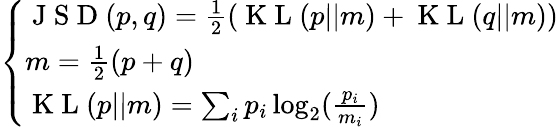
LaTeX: \left\{ \begin{array}{ll}{\mathrm{~J~S~D~}(p,q)=\frac{1}{2}(\mathrm{~K~L~}(p||m)+\mathrm{~K~L~}(q||m))}\\ {m=\frac{1}{2}(p+q)}\\ {\mathrm{~K~L~}(p||m)=\sum_{i}p_{i}\log_{2}(\frac{p_{i}}{m_{i}})}\end{array}\right.